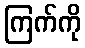
ကြက်ကို